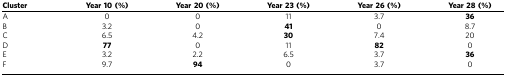
<table><thead><tr><td><b>Cluster</b></td><td><b>Year 10 (%)</b></td><td><b>Year 20 (%)</b></td><td><b>Year 23 (%)</b></td><td><b>Year 26 (%)</b></td><td><b>Year 28 (%)</b></td></tr></thead><tbody><tr><td>A</td><td>0</td><td>0</td><td>11</td><td>3.7</td><td><b>36</b></td></tr><tr><td>B</td><td>3.2</td><td>0</td><td><b>41</b></td><td>0</td><td>8.7</td></tr><tr><td>C</td><td>6.5</td><td>4.2</td><td><b>30</b></td><td>7.4</td><td>20</td></tr><tr><td>D</td><td><b>77</b></td><td>0</td><td>11</td><td><b>82</b></td><td>0</td></tr><tr><td>E</td><td>3.2</td><td>2.2</td><td>6.5</td><td>3.7</td><td><b>36</b></td></tr><tr><td>F</td><td>9.7</td><td><b>94</b></td><td>0</td><td>3.7</td><td>0</td></tr></tbody></table>